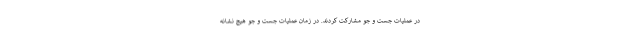
در عملیات جست و جو مشارکت کردند. در زمان عملیات جست و جو هیچ نشانه